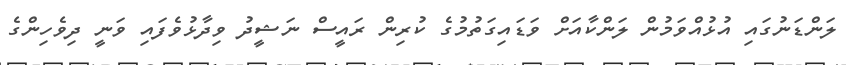
ލަންޑަނުގައި އުޅުއްވަމުން ލަންކާއަށް ވަޑައިގަތުމުގެ ކުރިން ރައީސް ނަޝީދު ވިދާޅުވެފައި ވަނީ ދިވެހިންގެ